Sketch of the medical history of the native army of Bombay, for the year
Year: 1875
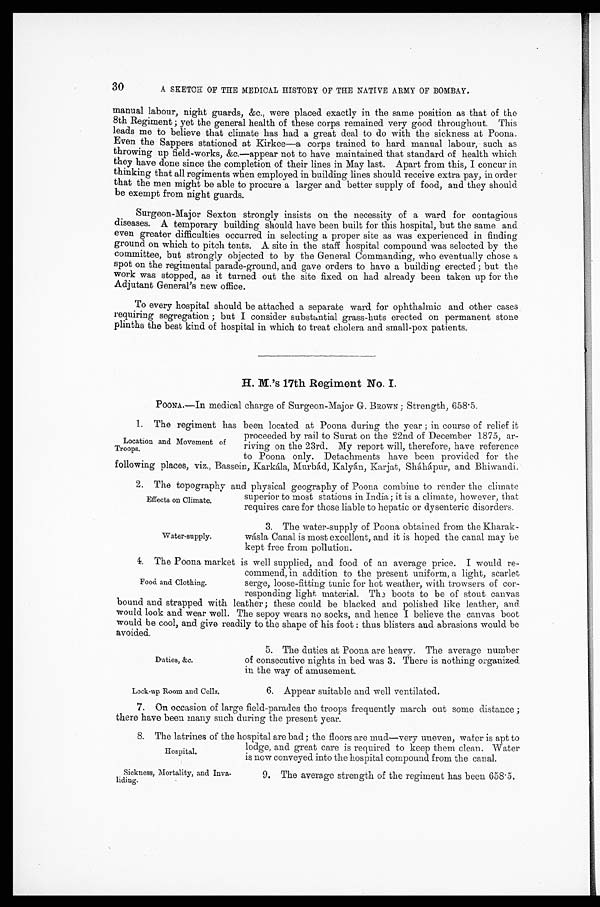
Duties, &c.
Lock-up Room and Cells.
30
A SKETCH OF THE MEDICAL HISTORY OF THE NATIVE ARMY OF BOMBAY.
manual labour, night guards, &c., were placed exactly in the same position as that of the
8th Regiment ; yet the general health of these corps remained very good throughout. This
leads me to believe that climate has had a great deal to do with the sickness at Poona.
Even the Sappers stationed at Kirkee—a corps trained to hard manual labour, such as
throwing up field-works, &c.—appear not to have maintained that standard of health which
they have done since the completion of their lines in May last. Apart from this, I concur in
thinking that all regiments when employed in building lines should receive extra pay, in order
that the men might be able to procure a larger and better supply of food, and they should
be exempt from night guards.
Surgeon-Major Sexton strongly insists on the necessity of a ward for contagious
diseases. A temporary building should have been built for this hospital, but the same and
even greater difficulties occurred in selecting a proper site as was experienced in finding
ground on which to pitch tents. A site in the staff hospital compound was selected by the
committee, but strongly objected to by the General Commanding, who eventually chose a
spot on the regimental parade-ground, and gave orders to have a building erected ; but the
work was stopped, as it turned out the site fixed on had already been taken up for the
Adjutant General's new office.
To every hospital should be attached a separate ward. for ophthalmic and other cases
requiring segregation; but I consider substantial grass-huts erected on permanent stone
plinths the best kind of hospital in which to treat cholera and small-pox patients.
H. M.'s 17th Regiment No. I.
POONA.—In medical charge of Surgeon-Major G. BROWN; Strength, 658.5.
1. The regiment has been located at Poona during the year; in course of relief it
proceeded by rail to Surat on the 22nd of December 1875, ar -
riving on the 23rd. My report will, therefore, have reference
to Poona only. Detachments have been provided for the
following places, viz., Bassein, Karkála, Murbád, Kalyán, Karjat, Sháhápur, and Bhiwandi.
2. The topography and physical geography of Poona combine to render the climate
superior to most stations in India; it is a climate, however, that
requires care for those liable to hepatic or dysenteric disorders.
Location and Movement of
Troops.
Effects on Climate.
Water-supply.
3. The water-supply of Poona obtained from the Kharak
-wásla Canal is most excellent, and it is hoped the canal may be
kept free from pollution.
4. The Poona market is well supplied, and food of an average price. I would re
-
commend, in addition to the present uniform, a light, scarlet
serge, loose-fitting tunic for hot weather, with trowsers of cor
-
responding light material. The boots to be of stout canvas
bound and strapped with leather; these could be blacked and polished like leather, and
would look and wear well. The sepoy wears no socks, and hence I believe the canvas boot
would be cool, and give readily to the shape of his foot: thus blisters and abrasions would be
avoided.
Food and Clothing.
5. The duties at Poona are heavy. The average number
of consecutive nights in bed was 3. There is nothing organized.
in the way of amusement.
6. Appear suitable and well ventilated.
7. On occasion of large field-parades the troops frequently march out some distance;
there have been many such during the present year.
8 . T h e l a t r i n e s o f t h e h o s p i t a l a r e b a d ; t h e f l o o r s a r e m u d — v e r y u n e v e n , w a t e r i s a p t t o
lodge, and great care is required to keep them clean. Water
is now conveyed into the hospital compound from the canal.
Hospital.
Sickness, Mortality, and Inva--
liding.
9. The average strength of the regiment has been 658.5.